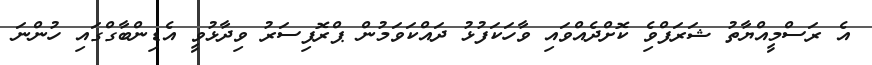
އެ ރަސްމީއްޔާތު ޝަރަފްވެި ކޮށްދެއްވައި ވާހަކަފުޅު ދައްކަވަމުން ޕްރޮފިސަރު ވިދާޅުވީ އެޑިންބާގްގައި ހުންނަ